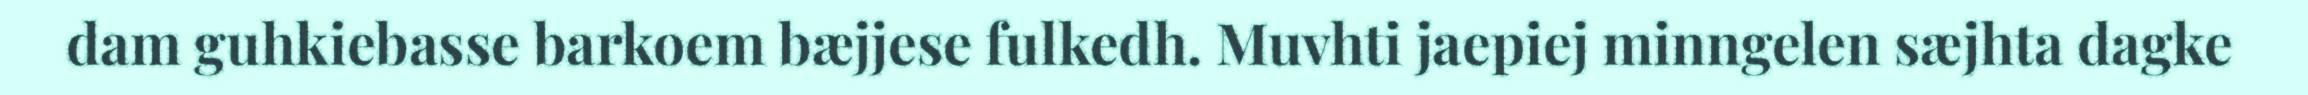
dam guhkiebasse barkoem bæjjese fulkedh. Muvhti jaepiej minngelen sæjhta dagke